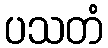
ပသတံ